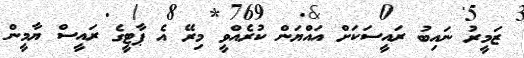
ޒަމީރު ނައިބު ރައީސަކަށް އައްޔަން ކުރެއްވީ މިރޭ އެ ޕާޓީގެ ރައީސް ޔާމީން